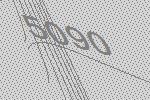
5090